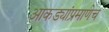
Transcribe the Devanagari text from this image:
आकड्यांप्रमाणेच